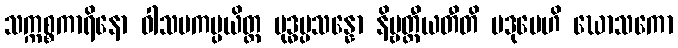
သက္ကစ္စကာရိနော ဝါသမကပ္ပယိတ္ထ မုဒ္ဓပ္ပသန္နော နိဗ္ဗတ္တီယတီတိ ပဒုမေဟိ ဃောသကော